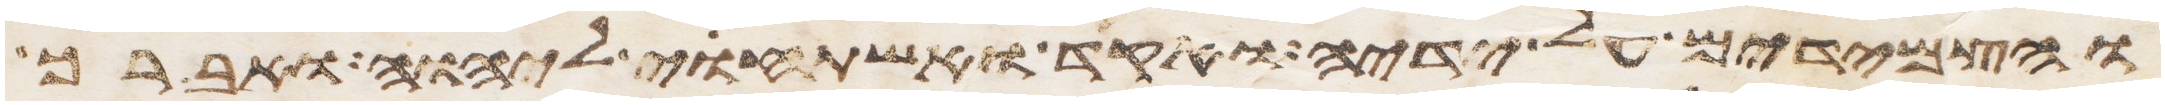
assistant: והצמידים על ידיה ואקד ואשתחוי ליהוה ואברך